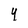
Character: 4